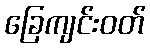
ခြေကျင်းဝတ်